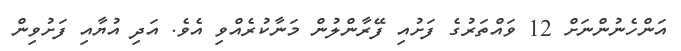
އަންހެނުންނަށް 12 ވައްތަރުގެ ފަށުއި ފޭރާންލުން މަނާކުރެއްވި އެވެ. އަދި އުޔާއި ފަށުވިން